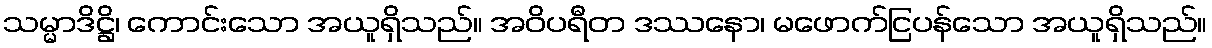
သမ္မာဒိဋ္ဌိ၊ ကောင်းသော အယူရှိသည်။ အဝိပရီတ ဒဿနော၊ မဖောက်ငြပန်သော အယူရှိသည်။